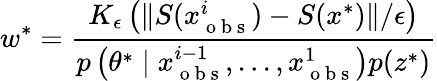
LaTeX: w^{*}=\frac{K_{\epsilon}\left(\| S(x_{\mathrm{~o~b~s~}}^{i})-S(x^{*})\| /\epsilon\right)}{p\left(\theta^{*}\mid x_{\mathrm{~o~b~s~}}^{i-1},...,x_{\mathrm{~o~b~s~}}^{1}\right)p(z^{*})}